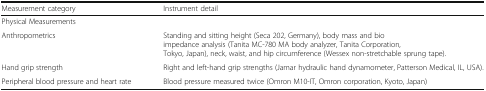
<table><thead><tr><td><b>Measurement category</b></td><td><b>Instrument detail</b></td></tr></thead><tbody><tr><td colspan="2">Physical Measurements</td></tr><tr><td>Anthropometrics</td><td>Standing and sitting height (Seca 202, Germany), body mass and bio impedance analysis (Tanita MC-780 MA body analyzer, Tanita Corporation, Tokyo, Japan), neck, waist, and hip circumference (Wessex non-stretchable sprung tape).</td></tr><tr><td>Hand grip strength</td><td>Right and left-hand grip strengths (Jamar hydraulic hand dynamometer, Patterson Medical, IL, USA).</td></tr><tr><td>Peripheral blood pressure and heart rate</td><td>Blood pressure measured twice (Omron M10-IT, Omron corporation, Kyoto, Japan)</td></tr></tbody></table>